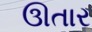
ઊતાર